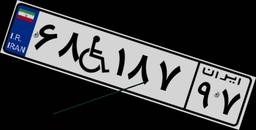
۶۸W۱۸۷۹۷